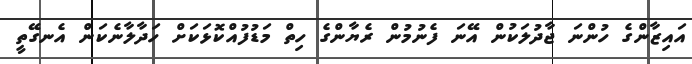
އައިޒާންގެ ހުންނަ ޖާދުލަކުން އޭނަ ފެނުމުން ރެޔާންގެ ހިތް މަޑުފުއްކޮޅަކަށް ހަދާލާނެކަން އެނގޭތީ